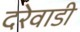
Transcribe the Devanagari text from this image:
दरेवाडी